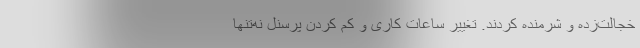
خجالت‌زده و شرمنده کردند. تغییر ساعات کاری و کم کردن پرسنل نه‌تنها